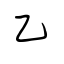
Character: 乙